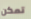
تمكن